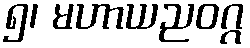
၅၊ မဟာယညဝဂ္ဂ